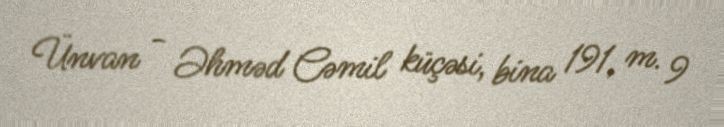
Ünvan - Əhməd Cəmil küçəsi, bina 191, m. 9